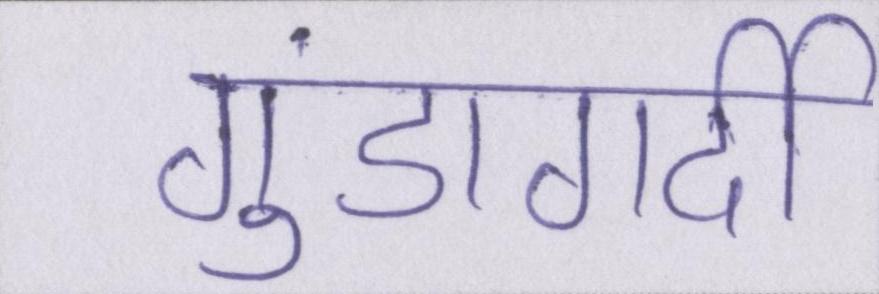
गुंडागर्दी